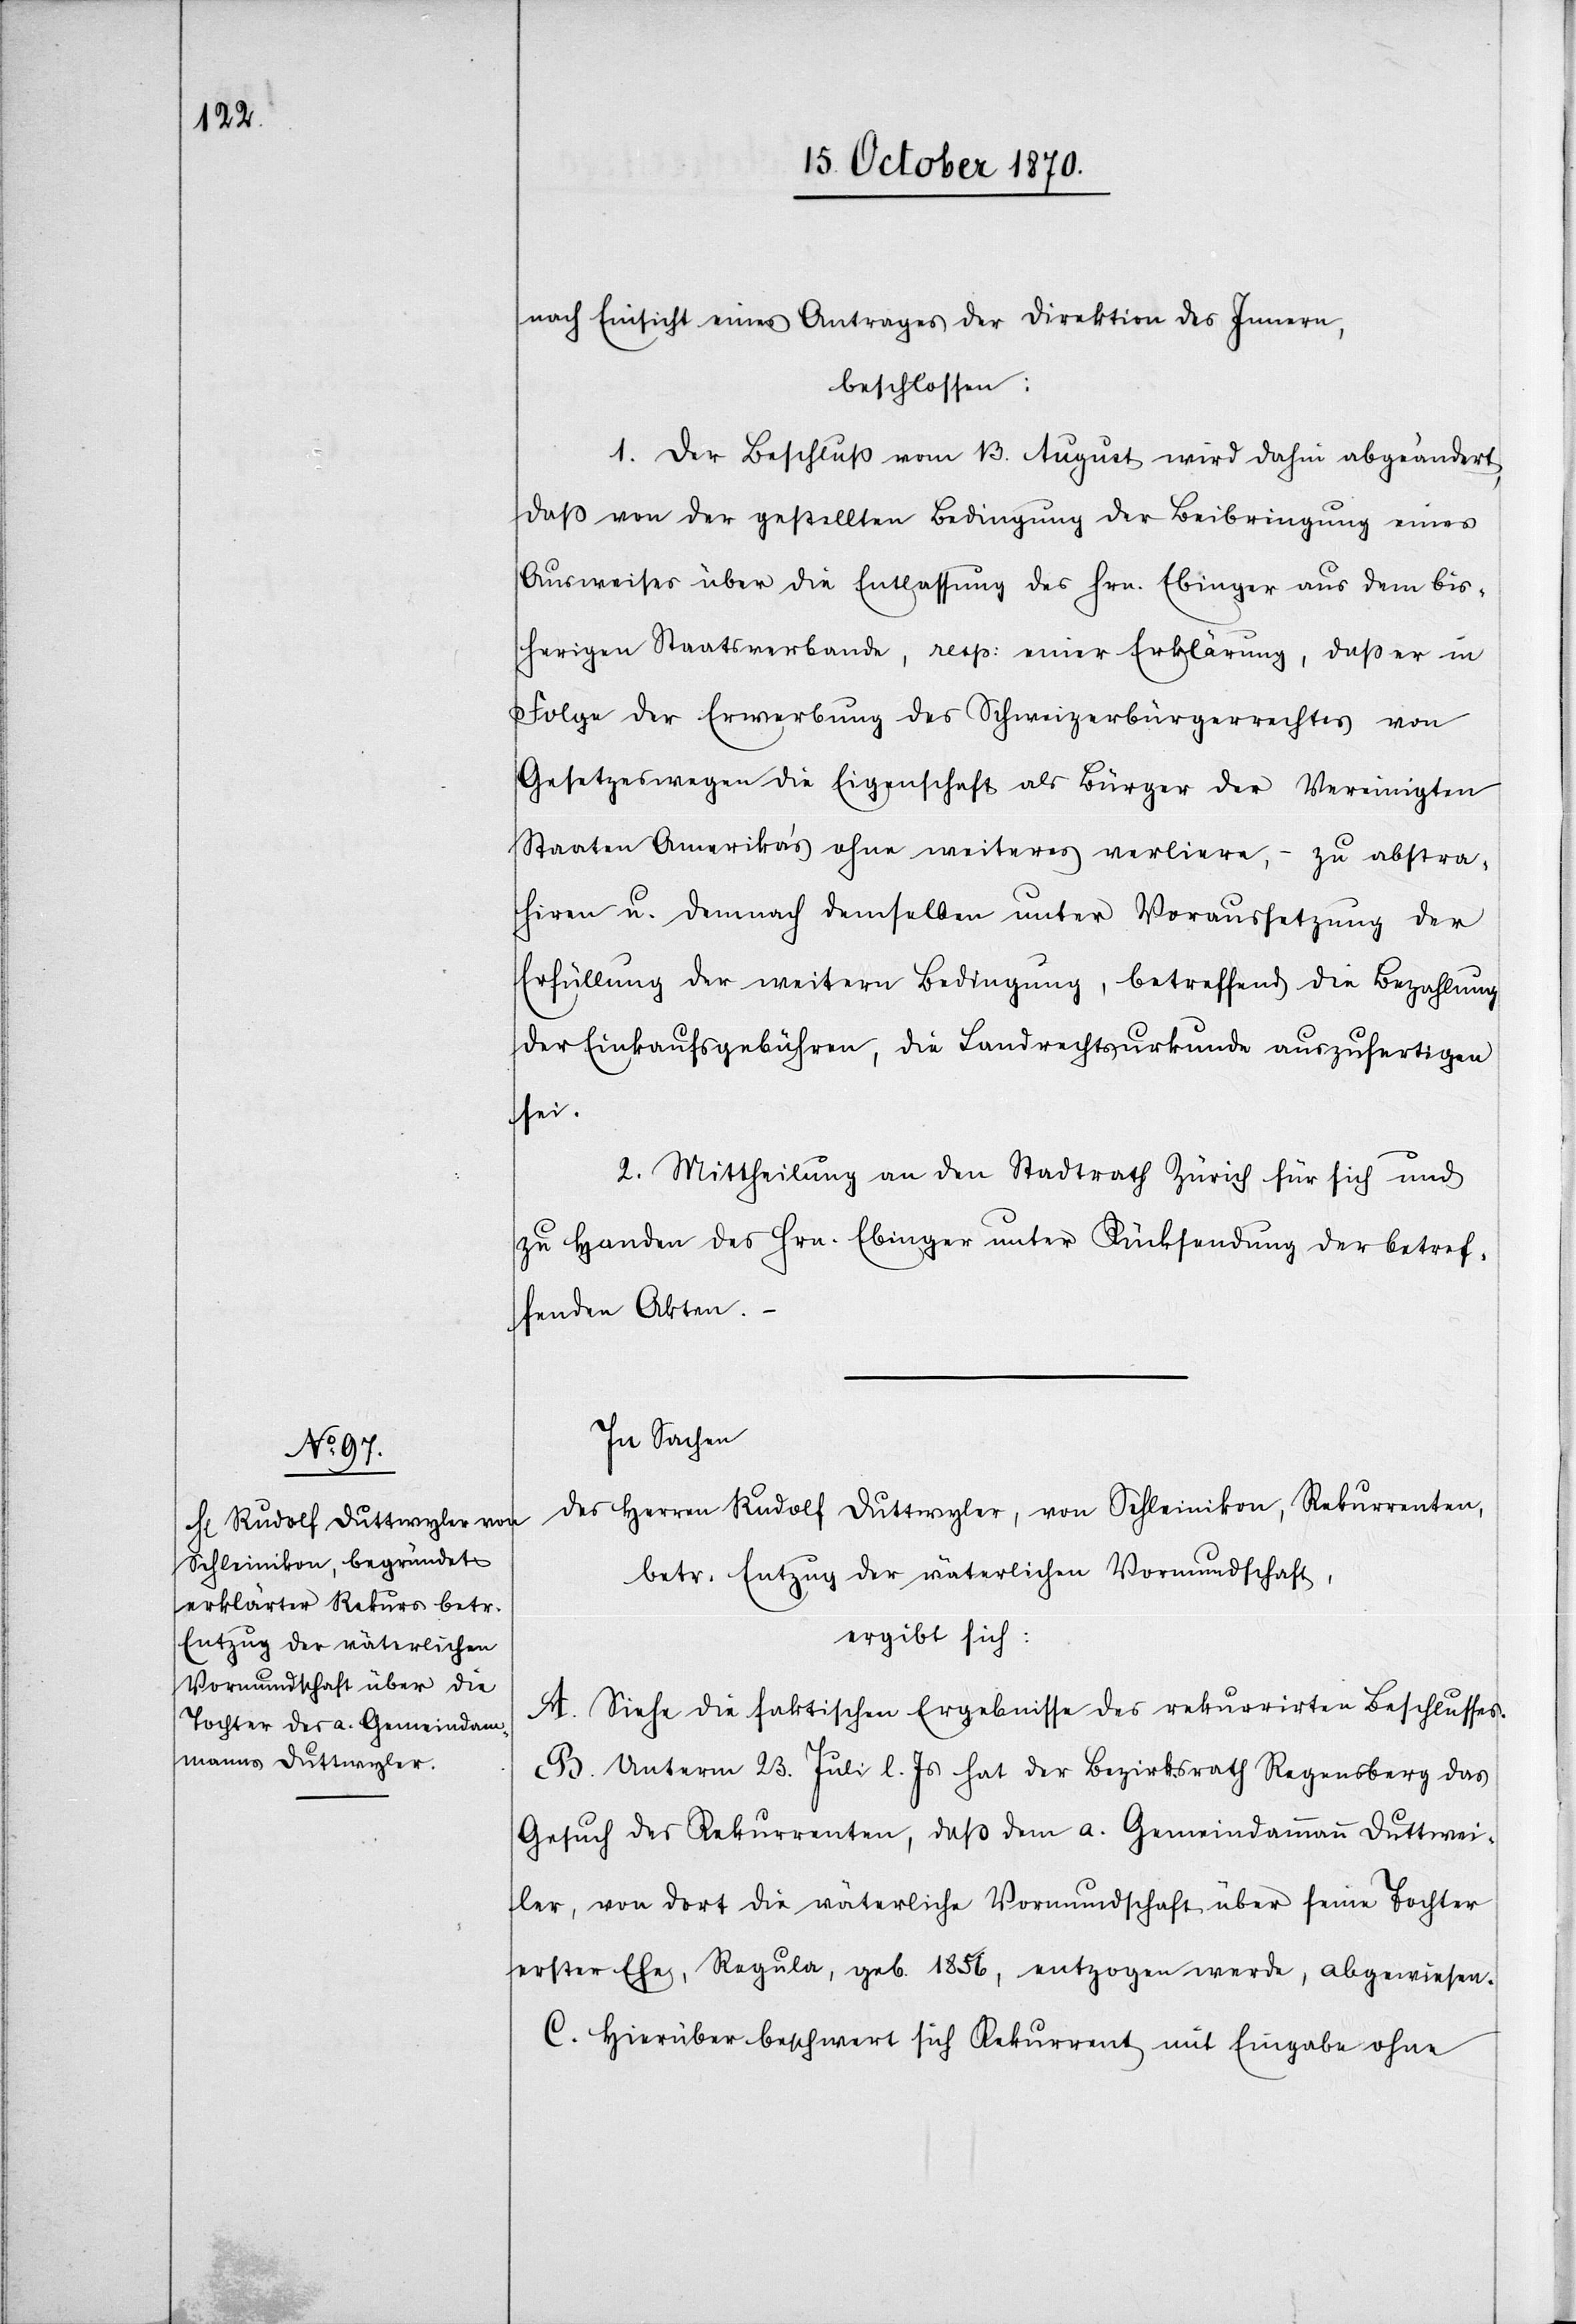
nach Einsicht eines Antrages der Direktion des Innern,
beschlossen:
1. Der Beschluß vom 13. August wird dahin abgeändert,
daß von der gestellten Bedingung der Beibringung eines
Ausweises über die Entlassung des Hrn. Ebinger aus dem bis¬
herigen Staatsverbande, resp: einer Erklärung, daß er in
Folge der Erwerbung des Schweizerbürgerrechtes von
Gesetzes wegen die Eigenschaft als Bürger der Vereinigten
Staaten Amerika’s ohne weiteres verliere, – zu abstra¬
hiren u. demnach demselben unter Voraussetzung der
Erfüllung der weitern Bedingung, betreffend die Bezahlung
der Einkaufsgebühren, die Landrechtsurkunde auszufertigen
sei.
2. Mittheilung an den Stadtrath Zürich für sich und
zu Handen des Hrn. Ebinger unter Rücksendung der betref¬
fenden Akten.
In Sachen
des Herren Rudolf Duttwyler, von Schleinikon, Rekurrenten,
betr. Entzug der väterlichen Vormundschaft,
ergibt sich:
A. Siehe die faktischen Ergebnisse des rekurrirten Beschlusses.
B. Unterm 23. Juli l. Js. hat der Bezirksrath Regensberg das
Gesuch des Rekurrenten, das dem a. Gemeindammann Duttweiler
[sic!], von dort die väterliche Vormundschaft über seine Tochter
erster Ehe, Regula, geb. 1856, entzogen werde, abgewiesen.
C. Hierüber beschwert sich Rekurrent mit Eingabe ohne